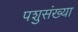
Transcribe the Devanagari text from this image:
पशुसंख्या